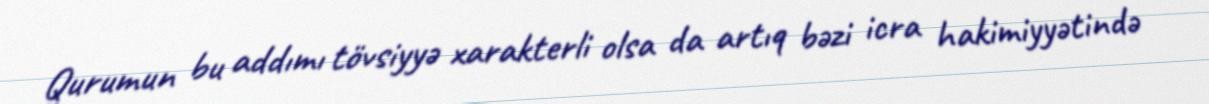
Qurumun bu addımı tövsiyyə xarakterli olsa da artıq bəzi icra hakimiyyətində